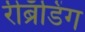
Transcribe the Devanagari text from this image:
रीब्रॅंडिंग